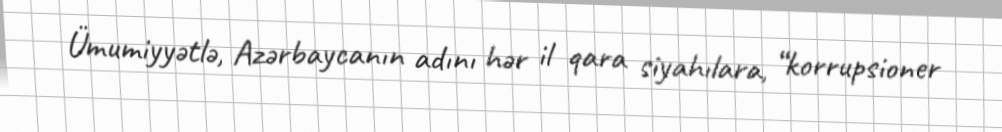
Ümumiyyətlə, Azərbaycanın adını hər il qara siyahılara, “korrupsioner